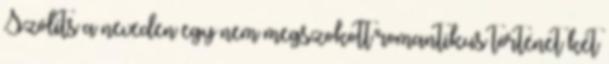
Szólíts a neveden egy nem megszokott romantikus történet két